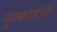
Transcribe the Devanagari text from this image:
मुस्काडावं